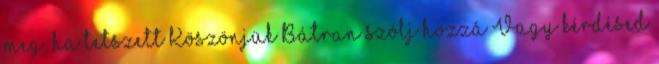
meg, ha tetszett Köszönjük Bátran szólj hozzá Vagy kérdésed